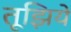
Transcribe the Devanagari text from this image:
तूझिये